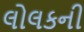
લોલકની